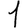
Digit: 1